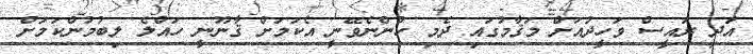
އަދި ރައީސް ވަހީދުއަށް މަޤާމުގައި ދެމި ހުންނެވޭނީ އެކަމަށް ޤާނޫނީ ހައްލެ ލިބުމުންކަމަށް